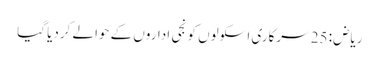
ریاض: 25 سرکاری اسکولوں کو نجی اداروں کے حوالے کردیا گیا